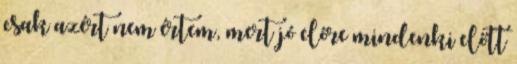
csak azért nem értem, mert jó előre mindenki előtt